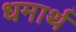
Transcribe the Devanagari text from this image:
धमार्थ